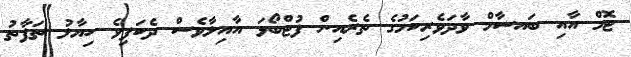
ޓޮމް އާއި ބައސާމް ވާދަވެރިކަމުގެ ތެރެއިން ފުޓްބޯޅަ އާއިލާވެސް ދެކަފިވެ ހިޔާލު ތަފާތު